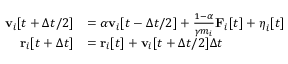
\begin{array} { r l } { \mathbf { v } _ { i } [ t + \Delta t / 2 ] } & { = \alpha \mathbf { v } _ { i } [ t - \Delta t / 2 ] + \frac { 1 - \alpha } { \gamma m _ { i } } \mathbf { F } _ { i } [ t ] + \boldsymbol { \eta } _ { i } [ t ] } \\ { \mathbf { r } _ { i } [ t + \Delta t ] } & { = \mathbf { r } _ { i } [ t ] + \mathbf { v } _ { i } [ t + \Delta t / 2 ] \Delta t } \end{array}